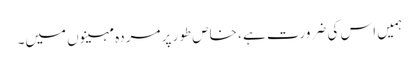
ہمیں اس کی ضرورت ہے ، خاص طور پر مردہ مہینوں میں۔